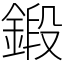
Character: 鍛